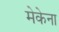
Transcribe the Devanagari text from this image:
मेकेना